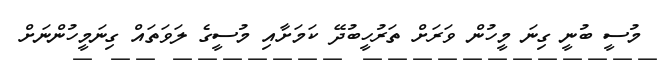
މުސީ ބުނީ ގިނަ މީހުން ވަރަށް ތަރުހީބުދޭ ކަމަށާއި މުސީގެ ލަވަތައް ގިނަމީހުންނަށް